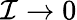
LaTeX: \mathcal{I}\rightarrow 0